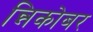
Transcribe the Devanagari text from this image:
न्निकोबर